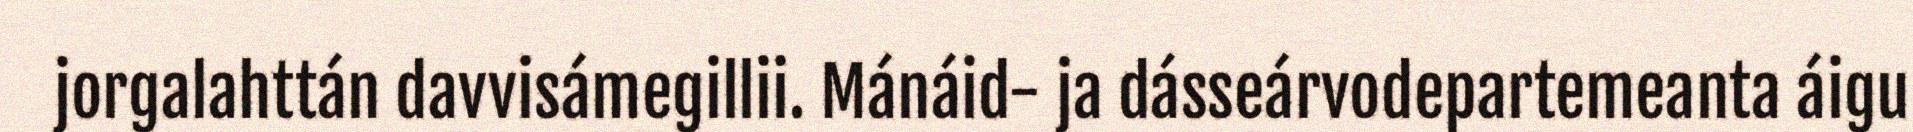
jorgalahttán davvisámegillii. Mánáid- ja dásseárvodepartemeanta áigu